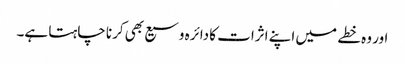
اور وہ خطے میں اپنے اثرات کا دائرہ وسیع بھی کرنا چاہتا ہے۔